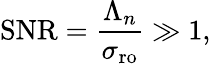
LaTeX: \mathrm{SNR}=\frac{\Lambda_{n}}{\sigma_{\mathrm{ro}}}\gg 1,